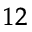
^ { 1 2 }